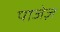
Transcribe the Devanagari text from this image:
पाजेज़